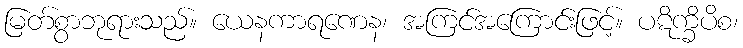
မြတ်စွာဘုရားသည်။ ယေနကာရဏေန၊ အကြင်အကြောင်းဖြင့်။ ပဋိက္ခိပိစ၊